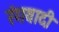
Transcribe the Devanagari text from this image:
रंगवादी